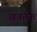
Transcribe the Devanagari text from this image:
खवर्नक